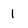
Character: I